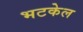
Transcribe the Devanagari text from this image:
भटकेल